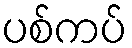
ပစ်ကပ်